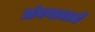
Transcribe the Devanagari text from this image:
प्रांगणामध्ये